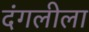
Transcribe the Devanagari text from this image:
दंगलीला